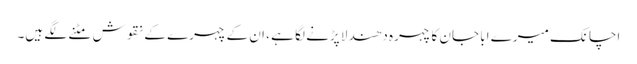
اچانک میرے ابا جان کا چہرہ دھندلا پڑنے لگا ہے ، ان کے چہرے کے نقوش مٹنے لگے ہیں۔